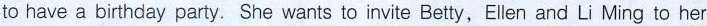
to have a birthday party. She wants to invite Betty,Ellen and Li Ming to her